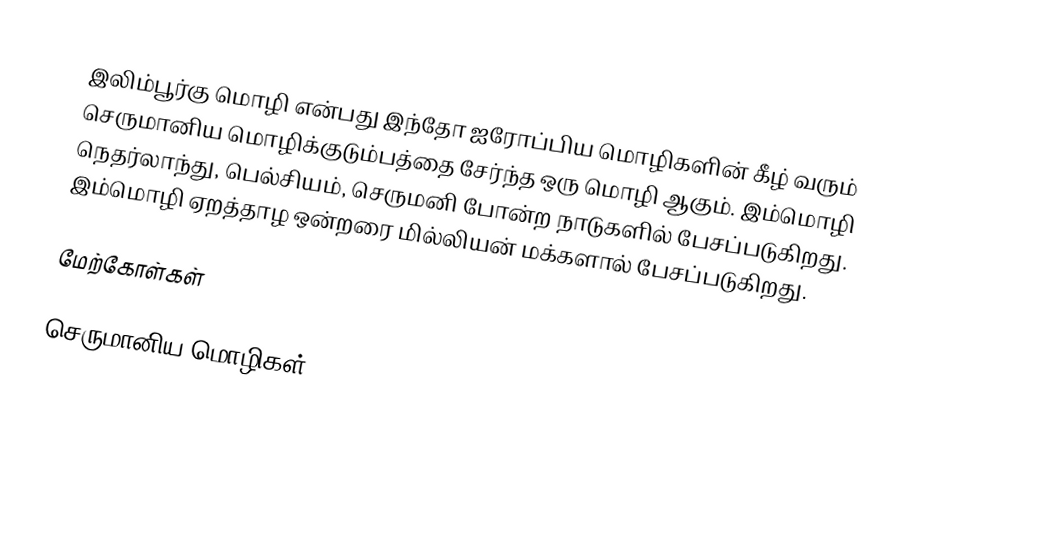
இலிம்பூர்கு மொழி என்பது இந்தோ ஐரோப்பிய மொழிகளின் கீழ் வரும் செருமானிய மொழிக்குடும்பத்தை சேர்ந்த ஒரு மொழி ஆகும். இம்மொழி நெதர்லாந்து, பெல்சியம், செருமனி போன்ற நாடுகளில் பேசப்படுகிறது. இம்மொழி ஏறத்தாழ ஒன்றரை மில்லியன் மக்களால் பேசப்படுகிறது.

மேற்கோள்கள்

செருமானிய மொழிகள்